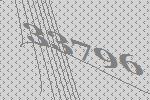
33796